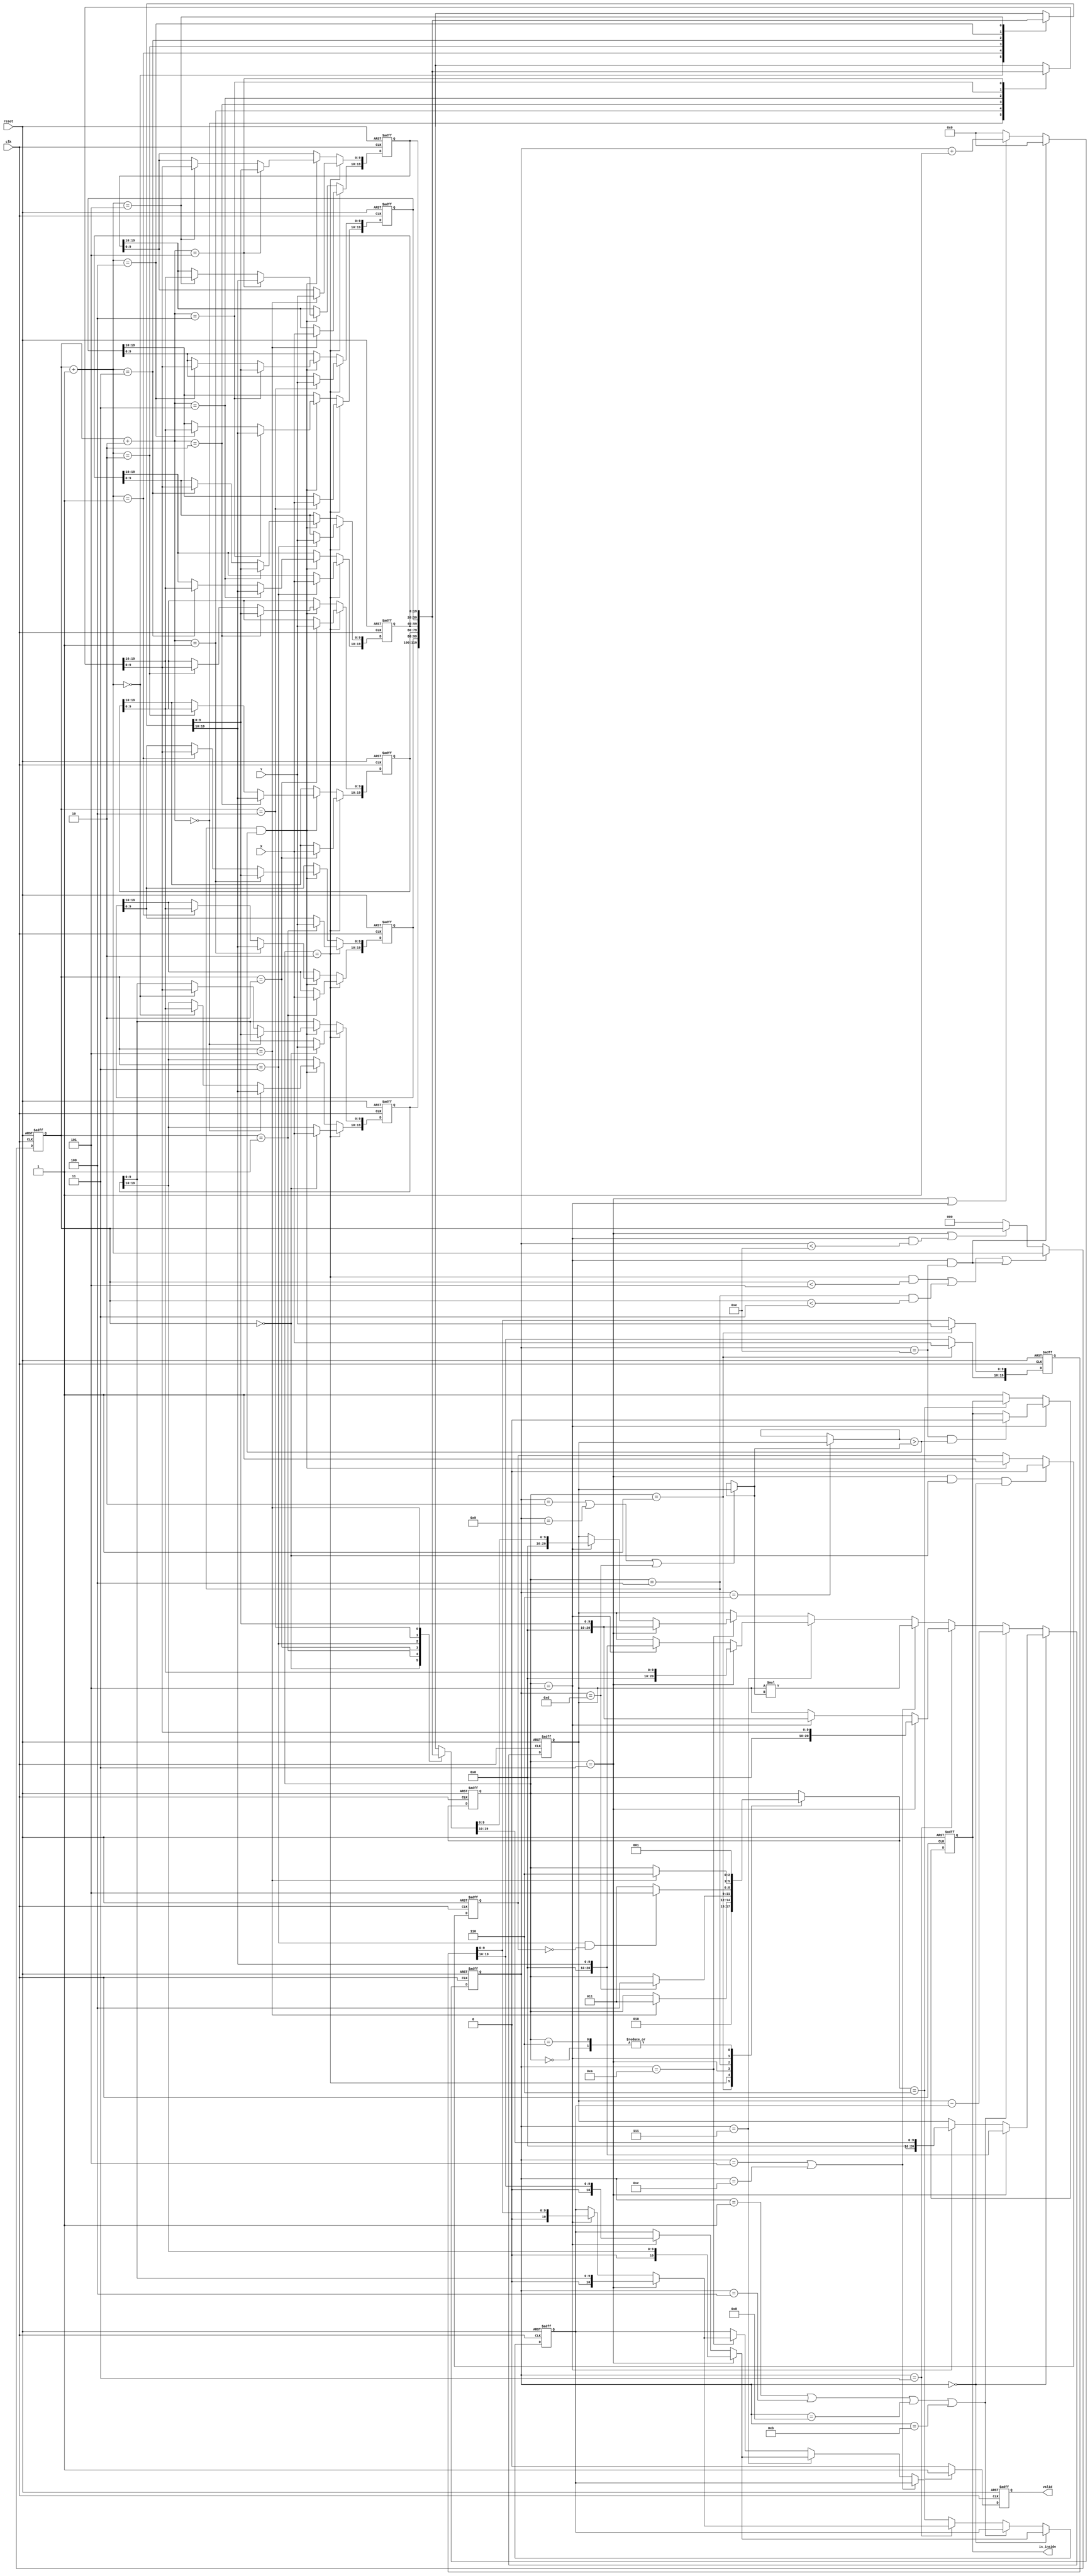
module geofence ( clk,reset,X,Y,valid,is_inside);
input clk;
input reset;
input [9:0] X;
input [9:0] Y;
output reg valid;
output reg is_inside;

//---------------------coding---------------------
reg [2:0] n_state,c_state;
reg [2:0] cnt;
wire [3:0] index_0,index_1,index_2;

reg [19:0] obj;
reg [19:0] fence[0:5];
reg signed [20:0] tempA;
wire signed [20:0] tempB,tempC;
reg signed [10:0] tempD;
reg [3:0] cal_flag;
reg sort_flag;


parameter IDLE       = 3'd0,
          OBJ_XY     = 3'd1,
          FENCE_XY   = 3'd2,
          CAL_OP     = 3'd3,
          FENCE_SORT = 3'd4,
          CAL_INSIDE = 3'd5,
          OUTPUT     = 3'd6
;

//c_state
always @(posedge clk or posedge reset) begin
    if(reset) c_state <= OBJ_XY;
    else c_state <= n_state;
end

//n_state
always @(*) begin
    case (c_state)
        IDLE       : n_state = OBJ_XY;
        OBJ_XY     : n_state = FENCE_XY;
        FENCE_XY   : n_state = (cnt == 3'd5) ? CAL_OP : c_state;
        CAL_OP     : n_state = (cal_flag == 4'd13 ) ? FENCE_SORT : c_state;
        FENCE_SORT : n_state = (cnt == 3'd3 && sort_flag == 1'b0) ? CAL_INSIDE : CAL_OP;
        CAL_INSIDE : n_state = (cnt == 3'd5) ? OUTPUT : c_state;
        OUTPUT     : n_state = OBJ_XY;
        default    : n_state = c_state; 
    endcase
end

//obj
always @(posedge clk or posedge reset) begin
    if(reset)begin
        obj <= 20'd0;
    end
    else if(c_state == OBJ_XY)begin
        obj[19:10] <= X;
        obj[9:0] <= Y;
    end
    else obj <= obj;
end
//cal_flag
always @(posedge clk or posedge reset) begin
    if(reset) cal_flag <= 4'd0;
    else if(c_state == CAL_INSIDE && cal_flag == 4'd14) cal_flag <= 4'd0;
    else if(c_state == CAL_OP || c_state == CAL_INSIDE) cal_flag <= cal_flag + 4'd1;
    else cal_flag <= 4'd0;
end

assign index_0 = cnt;
assign index_1 = cnt+3'd1;
assign index_2 = cnt+3'd2;
assign tempB = (cal_flag == 4'd6) ? tempA : tempB;
assign tempC = (cal_flag == 4'd2 || cal_flag == 4'd9 || cal_flag == 4'd13) ? tempA : tempC;
// Ax = (fence[(cnt+1)<<1] - fence[0])
// Ay = (fence[((cnt+1)<<1)+1] - fence[1])
// Bx = (fence[(cnt+2)<<1] - fence[0])
// By = (fence[((cnt+2)<<1)+1] - fence[1])
//tempA & tempD

always @(posedge clk or posedge reset) begin
    if(reset)begin
        tempA <= 21'd0;
        tempD <= 11'd0;
    end
    else if(cal_flag == 4'd0)begin
        if(c_state == CAL_OP)begin
            //Ax
            tempA <= fence[index_1][19:10];
            tempD <= fence[0][19:10];
        end
        else if(c_state == CAL_INSIDE)begin
            //Ax
            tempA <= fence[index_0][19:10];
            tempD <= obj[19:10];
        end
    end
    else if(cal_flag == 4'd1 || cal_flag == 4'd4 || cal_flag == 4'd8 || cal_flag == 4'd11) tempA <= tempA - tempD;
    else if(cal_flag == 4'd3)begin
        if(c_state == CAL_OP)begin
            //By
            tempA <= fence[index_2][9:0];
            tempD <= fence[0][9:0];
        end
        else if(c_state == CAL_INSIDE)begin
            //By
            tempA <= fence[index_1][9:0];
            tempD <= obj[9:0];
        end
    end
    else if(cal_flag == 4'd5 || cal_flag == 4'd12) tempA <= tempA * tempC;
    else if(cal_flag == 4'd7)begin
        if(c_state == CAL_OP)begin
            //Bx
            tempA <= fence[index_2][19:10];
            tempD <= fence[0][19:10];
        end
        else if(c_state == CAL_INSIDE)begin
            //Bx
            tempA <= fence[index_1][19:10];
            tempD <= obj[19:10];
        end
    end
    else if(cal_flag == 4'd10)begin
        if(c_state == CAL_OP)begin
            //Ay
            tempA <= fence[index_1][9:0];
            tempD <= fence[0][9:0];
        end
        else if(c_state == CAL_INSIDE)begin
            //Ay
            tempA <= fence[index_0][9:0];
            tempD <= obj[9:0];
        end
    end
    else begin
        tempA <= tempA;
        tempD <= tempD;
    end
end
//fence 
always @(posedge clk or posedge reset) begin
    if(reset)begin
        fence[0] <= 20'd0;
        fence[1] <= 20'd0;
        fence[2] <= 20'd0;
        fence[3] <= 20'd0;
        fence[4] <= 20'd0;
        fence[5] <= 20'd0;
    end
    else if(c_state == FENCE_XY)begin
        fence[index_0][19:10] <= X;
        fence[index_0][9:0] <= Y;
    end
    else if(c_state == FENCE_SORT && tempB > tempC)begin
        fence[index_1][19:10] <= fence[index_2][19:10]; // Ax <= Bx
        fence[index_2][19:10] <= fence[index_1][19:10]; // Bx <= Ax
        fence[index_1][9:0]   <= fence[index_2][9:0]; // Ay <= By
        fence[index_2][9:0]   <= fence[index_1][9:0]; // By <= Ay
    end
    else begin
        fence[0] <= fence[0];
        fence[1] <= fence[1];
        fence[2] <= fence[2];
        fence[3] <= fence[3];
        fence[4] <= fence[4];
        fence[5] <= fence[5];
    end
end
//sort_flag
always @(posedge clk or posedge reset)begin
    if(reset)sort_flag <= 1'b0;
    else if(c_state == CAL_OP && cnt == 3'd0 && cal_flag == 4'd0) sort_flag <= 1'b0;
    else if(c_state == FENCE_SORT && tempB > tempC) sort_flag <= 1'b1;
    else sort_flag <= sort_flag;
end
//cnt
always @(posedge clk or posedge reset) begin
    if(reset) cnt <= 3'd0;
    else if((c_state == FENCE_XY && cnt < 3'd5) ||(c_state == FENCE_SORT && cnt < 3'd3) || (c_state == CAL_INSIDE && cal_flag == 4'd14)) cnt <= cnt + 3'd1;
    else if(c_state == CAL_OP ||(c_state == CAL_INSIDE && cal_flag < 4'd14)) cnt <= cnt;
    else cnt <= 3'd0;
end
//valid
always @(posedge clk or posedge reset) begin
    if(reset) valid <= 1'b0;
    else if(n_state == OUTPUT) valid <= 1'b1;
    else valid <= 1'b0;
end
//is_inside
always @(posedge clk or posedge reset) begin
    if(reset) is_inside <= 1'b1;
    else if(c_state == CAL_INSIDE)begin
        if(cal_flag == 4'd14 && tempB > tempC) is_inside <= 1'b0;
    end
    else if(n_state == OUTPUT) is_inside <= is_inside;
    else is_inside <= 1'b1;
end
endmodule